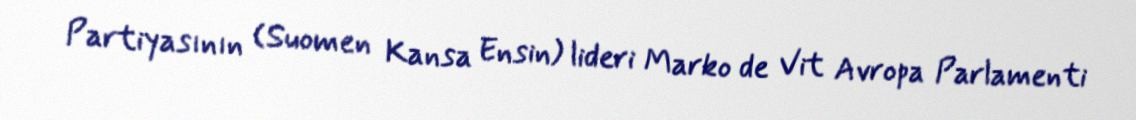
Partiyasının (Suomen Kansa Ensin) lideri Marko de Vit Avropa Parlamenti